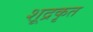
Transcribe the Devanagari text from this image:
शूद्रकृत